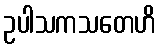
ဥပါသကသတေဟိ